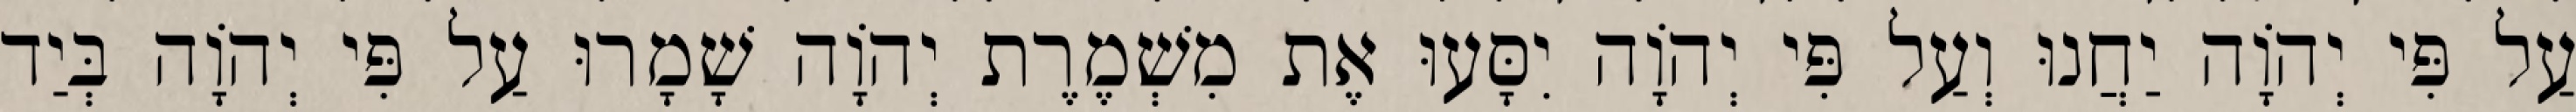
עַל פִּי יְהוָֹה יַחֲנוּ וְעַל פִּי יְהוָֹה יִסָּעוּ אֶת מִשְׁמֶרֶת יְהוָֹה שָׁמָרוּ עַל פִּי יְהוָֹה בְּיַד